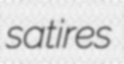
satires